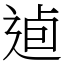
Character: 逌